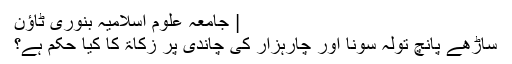
| جامعہ علوم اسلامیہ بنوری ٹاؤن
ساڑھے پانچ تولہ سونا اور چارہزار کی چاندی پر زکاۃ کا کیا حکم ہے؟